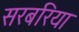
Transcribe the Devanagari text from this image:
सरबरिया